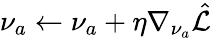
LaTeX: \nu_{a}\gets\nu_{a}+\eta\nabla_{\nu_{a}}\hat{\mathcal{L}}